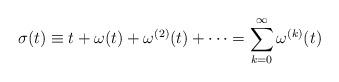
LaTeX: \begin{align*}\sigma(t)\equiv t+\omega(t)+\omega^{(2)}(t)+\dots = \sum_{k=0}^\infty \omega^{(k)}(t)\end{align*}